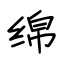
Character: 绵